Report of the Indian Hemp Drugs Commission, 1894-1895 - Volume I
Year: 1894
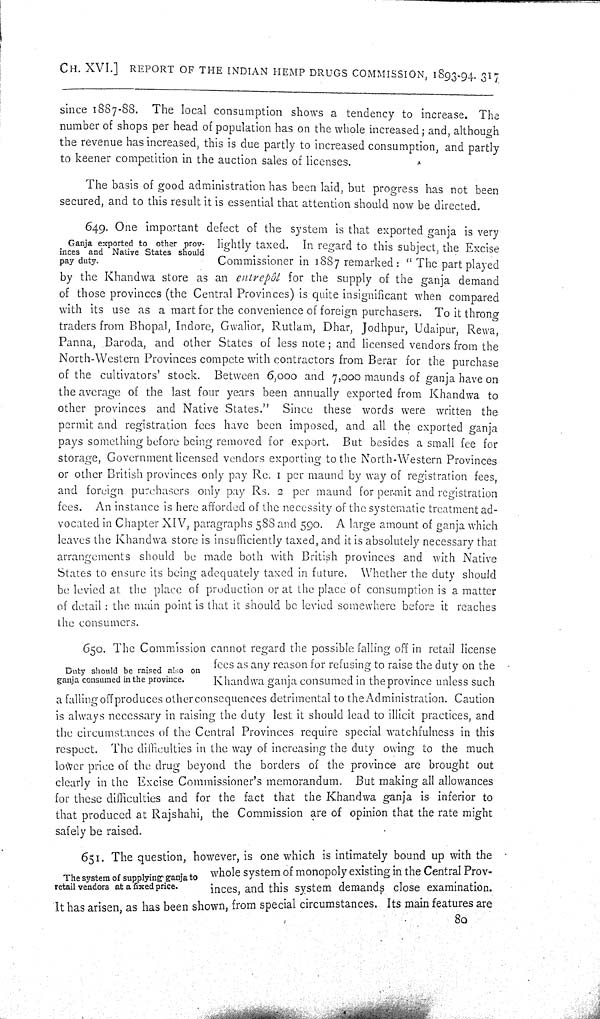
CH. XVI.] REPORT OF THE INDIAN HEMP DRUGS COMMISSION, 1893-94. 317
since 1887-88. The local consumption shows a tendency to increase. The
number of shops per head of population has on the whole increased; and, although
the revenue has increased, this is due partly to increased consumption, and partly
to keener competition in the auction sales of licenses.
The basis of good administration has been laid, but progress has not been
secured, and to this result it is essential that attention should now be directed.
Ganja exported to other prov-
inces and Native States should
pay duty.
649. One important defect of the system is that exported ganja is very
lightly taxed. In regard to this subject, the Excise
Commissioner in 1887 remarked: "The part played
by the Khandwa store as an entrepôt for the supply of the ganja demand
of those provinces (the Central Provinces) is quite insignificant when compared
with its use as a mart for the convenience of foreign purchasers. To it throng
traders from Bhopal, Indore, Gwalior, Rutlam, Dhar, Jodhpur, Udaipur, Rewa,
Panna, Baroda, and other States of less note; and licensed vendors from the
North-Western Provinces compete with contractors from Berar for the purchase
of the cultivators' stock. Between 6,000 and 7,000 maunds of ganja have on
the average of the last four years been annually exported from Khandwa to
other provinces and Native States." Since these words were written the
permit and registration fees have been imposed, and all the exported ganja
pays something before being removed for export. But besides a small fee for
storage, Government licensed vendors exporting to the North-Western Provinces
or other British provinces only pay Re. 1 per maund by way of registration fees,
and foreign purchasers only pay Rs. 2 per maund for permit and registration
fees. An instance is here afforded of the necessity of the systematic treatment ad-
vocated in Chapter XIV, paragraphs 588 and 590. A large amount of ganja which
leaves the Khandwa store is insufficiently taxed, and it is absolutely necessary that
arrangements should be made both with British provinces and with Native
States to ensure its being adequately taxed in future. Whether the duty should
be levied at the place of production or at the place of consumption is a matter
of detail: the main point is that it should be levied somewhere before it reaches
the consumers.
Duty should be raised also on
ganja consumed in the province.
650. The Commission cannot regard the possible falling off in retail license
fees as any reason for refusing to raise the duty on the
Khandwa ganja consumed in the province unless such
a falling off produces other consequences detrimental to the Administration. Caution
is always necessary in raising the duty lest it should lead to illicit practices, and
the circumstances of the Central Provinces require special watchfulness in this
respect. The difficulties in the way of increasing the duty owing to the much
lower price of the drug beyond the borders of the province are brought out
clearly in the Excise Commissioner's memorandum. But making all allowances
for these difficulties and for the fact that the Khandwa ganja is inferior to
that produced at Rajshahi, the Commission are of opinion that the rate might
safely be raised.
The system of supplying ganja to
retail vendors at a fixed price.
651. The question, however, is one which is intimately bound up with the
whole system of monopoly existing in the Central Prov-
inces, and this system demands close examination.
It has arisen, as has been shown, from special circumstances. Its main features are
80